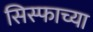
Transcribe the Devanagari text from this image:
सिस्फाच्या